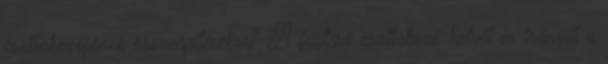
csatlakozójának összeépítésekor? A füstcső csatlakozó helyét és irányát a